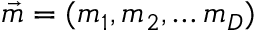
\vec { m } = ( m _ { 1 } , m _ { 2 } , \dots m _ { D } )